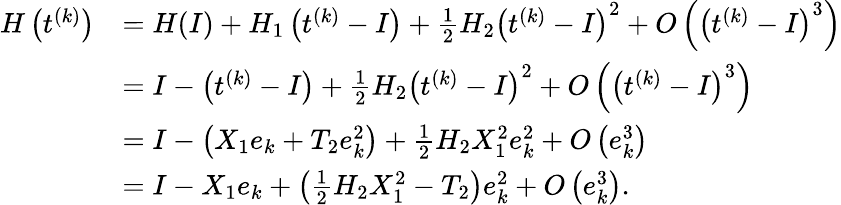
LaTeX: \begin{array}{rl}{H\left(t^{(k)}\right)}&{=H(I)+H_{1}\left(t^{(k)}-I\right)+\frac{1}{2}H_{2}\left(t^{(k)}-I\right)^{2}+O\left(\left(t^{(k)}-I\right)^{3}\right)}\\ &{=I-\left(t^{(k)}-I\right)+\frac{1}{2}H_{2}\left(t^{(k)}-I\right)^{2}+O\left(\left(t^{(k)}-I\right)^{3}\right)}\\ &{=I-\left(X_{1}e_{k}+T_{2}e_{k}^{2}\right)+\frac{1}{2}H_{2}X_{1}^{2}e_{k}^{2}+O\left(e_{k}^{3}\right)}\\ &{=I-X_{1}e_{k}+\left(\frac{1}{2}H_{2}X_{1}^{2}-T_{2}\right)e_{k}^{2}+O\left(e_{k}^{3}\right).}\end{array}